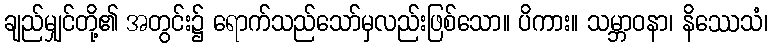
ချည်မျှင်တို့၏ အတွင်း၌ ရောက်သည်သော်မှလည်းဖြစ်သော။ ပိကား။ သမ္ဘာဝနာ၊ နိဿေသံ၊